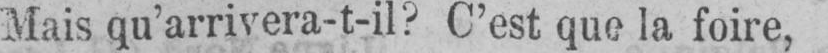
Mais qu’arrivera-t-il? C’est que la foire,